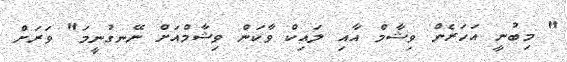
" މިބުނީ އަހަރެން ވިޝާމް އާއި ލައިކް ވާކަން ވިޝާމްއަށް ނޭނގުނީމަ" ވަރަށް